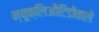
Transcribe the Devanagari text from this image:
न्यूक्लिऔटिडोंवाले